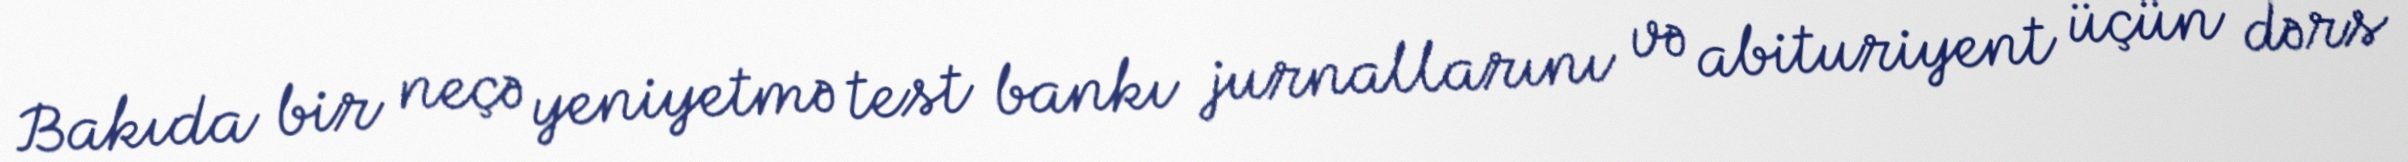
Bakıda bir neçə yeniyetmə test bankı jurnallarını və abituriyent üçün dərs